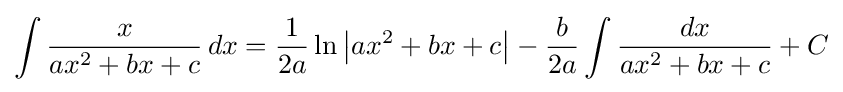
\int {\frac {x}{ax^{2}+bx+c}}\,dx={\frac {1}{2a}}\ln \left|ax^{2}+bx+c\right|-{\frac {b}{2a}}\int {\frac {dx}{ax^{2}+bx+c}}+C